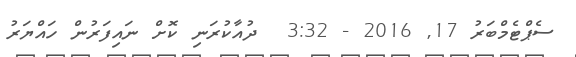
ސެޕްޓެމްބަރު 17